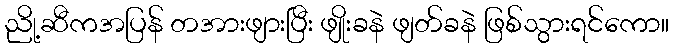
ညို့ဆီကအပြန် တအားဖျားပြီး ဖျိုးခနဲ ဖျတ်ခနဲ ဖြစ်သွားရင်ကော။